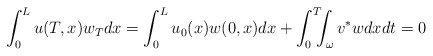
\begin{align*}\int_{0}^{L}u( T,x) w_{T}dx=\int_{0}^{L} u_0(x)w( 0,x) dx +\int_{0}^{T}\!\!\!\int_{\omega} v^*wdxdt=0 \end{align*}